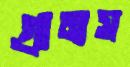
গ্রামস